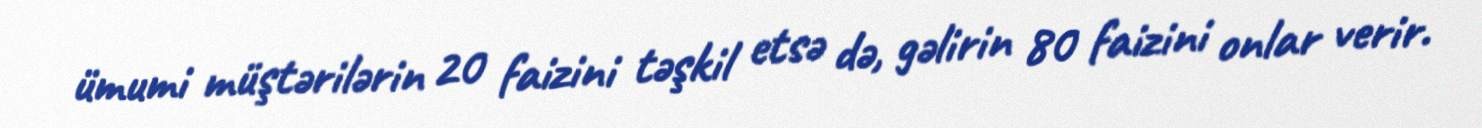
ümumi müştərilərin 20 faizini təşkil etsə də, gəlirin 80 faizini onlar verir.